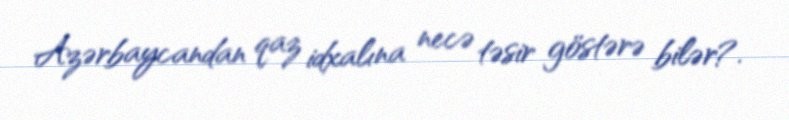
Azərbaycandan qaz idxalına necə təsir göstərə bilər?.